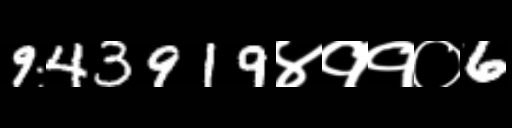
Text: 943919४११०6